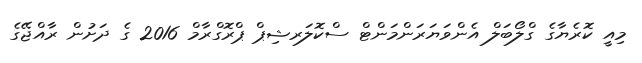
މިއީ ކޮރެޔާގެ ގްލޯބަލް އެންވަޔަރަންމަންޓް ސްކޮލަރޝިޕް ޕްރޮގްރާމް 2016 ގެ ދަށުން ރާއްޖޭގެ